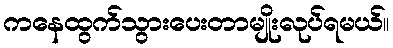
ကနေထွက်သွားပေးတာမျိုးလုပ်ရမယ်။